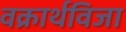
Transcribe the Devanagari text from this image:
वक्रार्थविजा